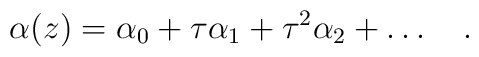
\alpha (z) = \alpha_0 + \tau \alpha_{1} + \tau^{2} \alpha_{2} +\ldots\quad .